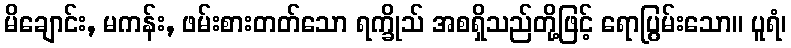
မိချောင်း, မကန်း, ဖမ်းစားတတ်သော ရက္ခိုသ် အစရှိသည်တို့ဖြင့် ရောပြွမ်းသော။ ပူရံ၊